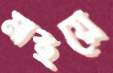
মাইয়ে